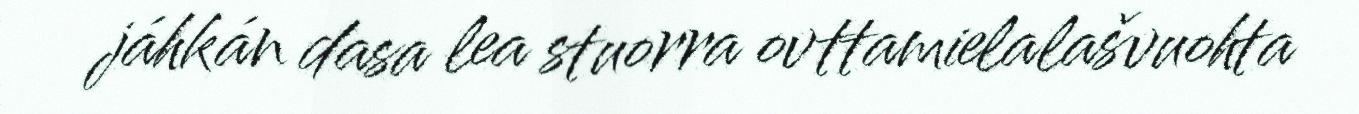
jáhkán dasa lea stuorra ovttamielalašvuohta